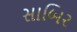
સાબિર